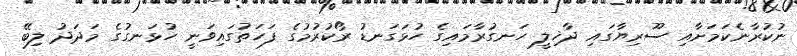
ނުކުރާނެކަމަށާއި ސޫރިޔާގައި ދާޚިލީ ހަނގުރާމައިގެ ހުޅަގަނޑު ރޯކުރުމުގެ ފަހަތުގައިވަނީ ހުޅަނގުގެ މަދަދު ލިބޭ